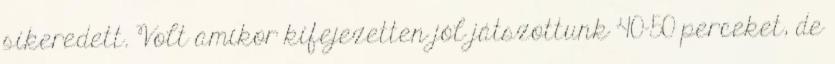
sikeredett. Volt amikor kifejezetten jól játszottunk 40-50 perceket, de